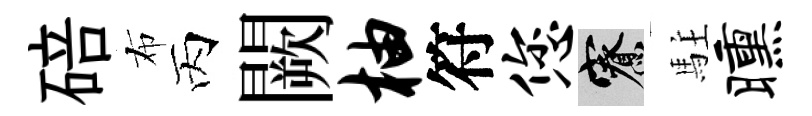
碚布丙闕柚符您寮駐曛